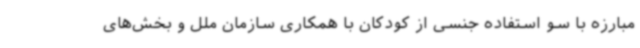
مبارزه با سو استفاده جنسی از کودکان با همکاری سازمان ملل و بخش‌های